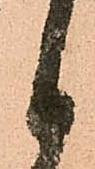
日